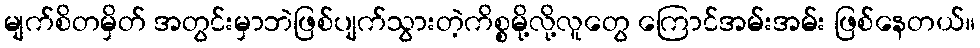
မျက်စိတမှိတ် အတွင်းမှာဘဲဖြစ်ပျက်သွားတဲ့ကိစ္စမို့လို့လူတွေ ကြောင်အမ်းအမ်း ဖြစ်နေတယ်။